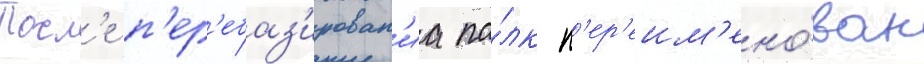
Посл'е п'ер'ебаз'ирован'иа по́лк п'ер'еим'ено́ван